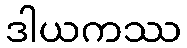
ဒါယကဿ